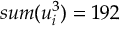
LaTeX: s u m ( u _ { i } ^ { 3 } ) = 1 9 2